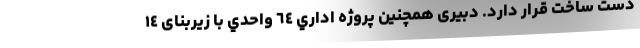
دست ساخت قرار دارد. دبیری همچنین پروژه اداري ٦٤ واحدي با زیربنای ١٤